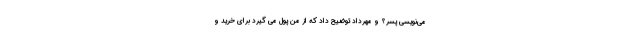
می­نویسی پسر؟ و مهرداد توضیح داد که از من پول می­ گیرد برای خرید و